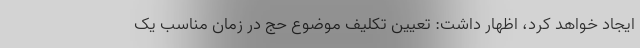
ایجاد خواهد کرد، اظهار داشت: تعیین تکلیف موضوع حج در زمان مناسب یک